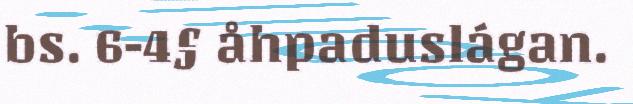
bs. 6-4§ åhpaduslágan.